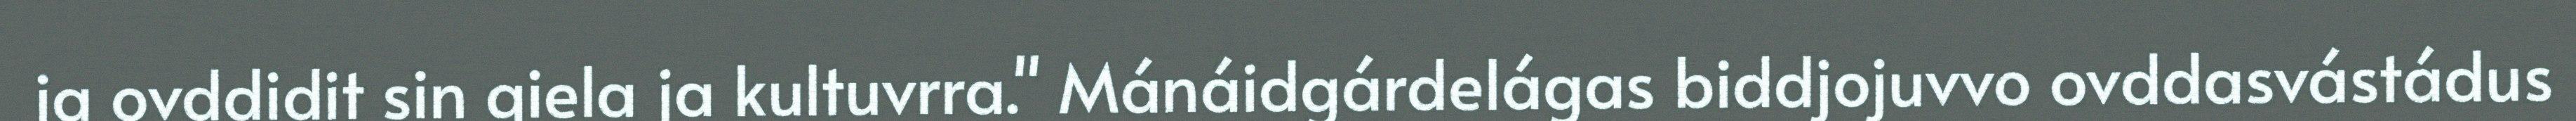
ja ovddidit sin giela ja kultuvrra." Mánáidgárdelágas biddjojuvvo ovddasvástádus